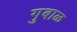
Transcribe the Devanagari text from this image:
गुबाळ